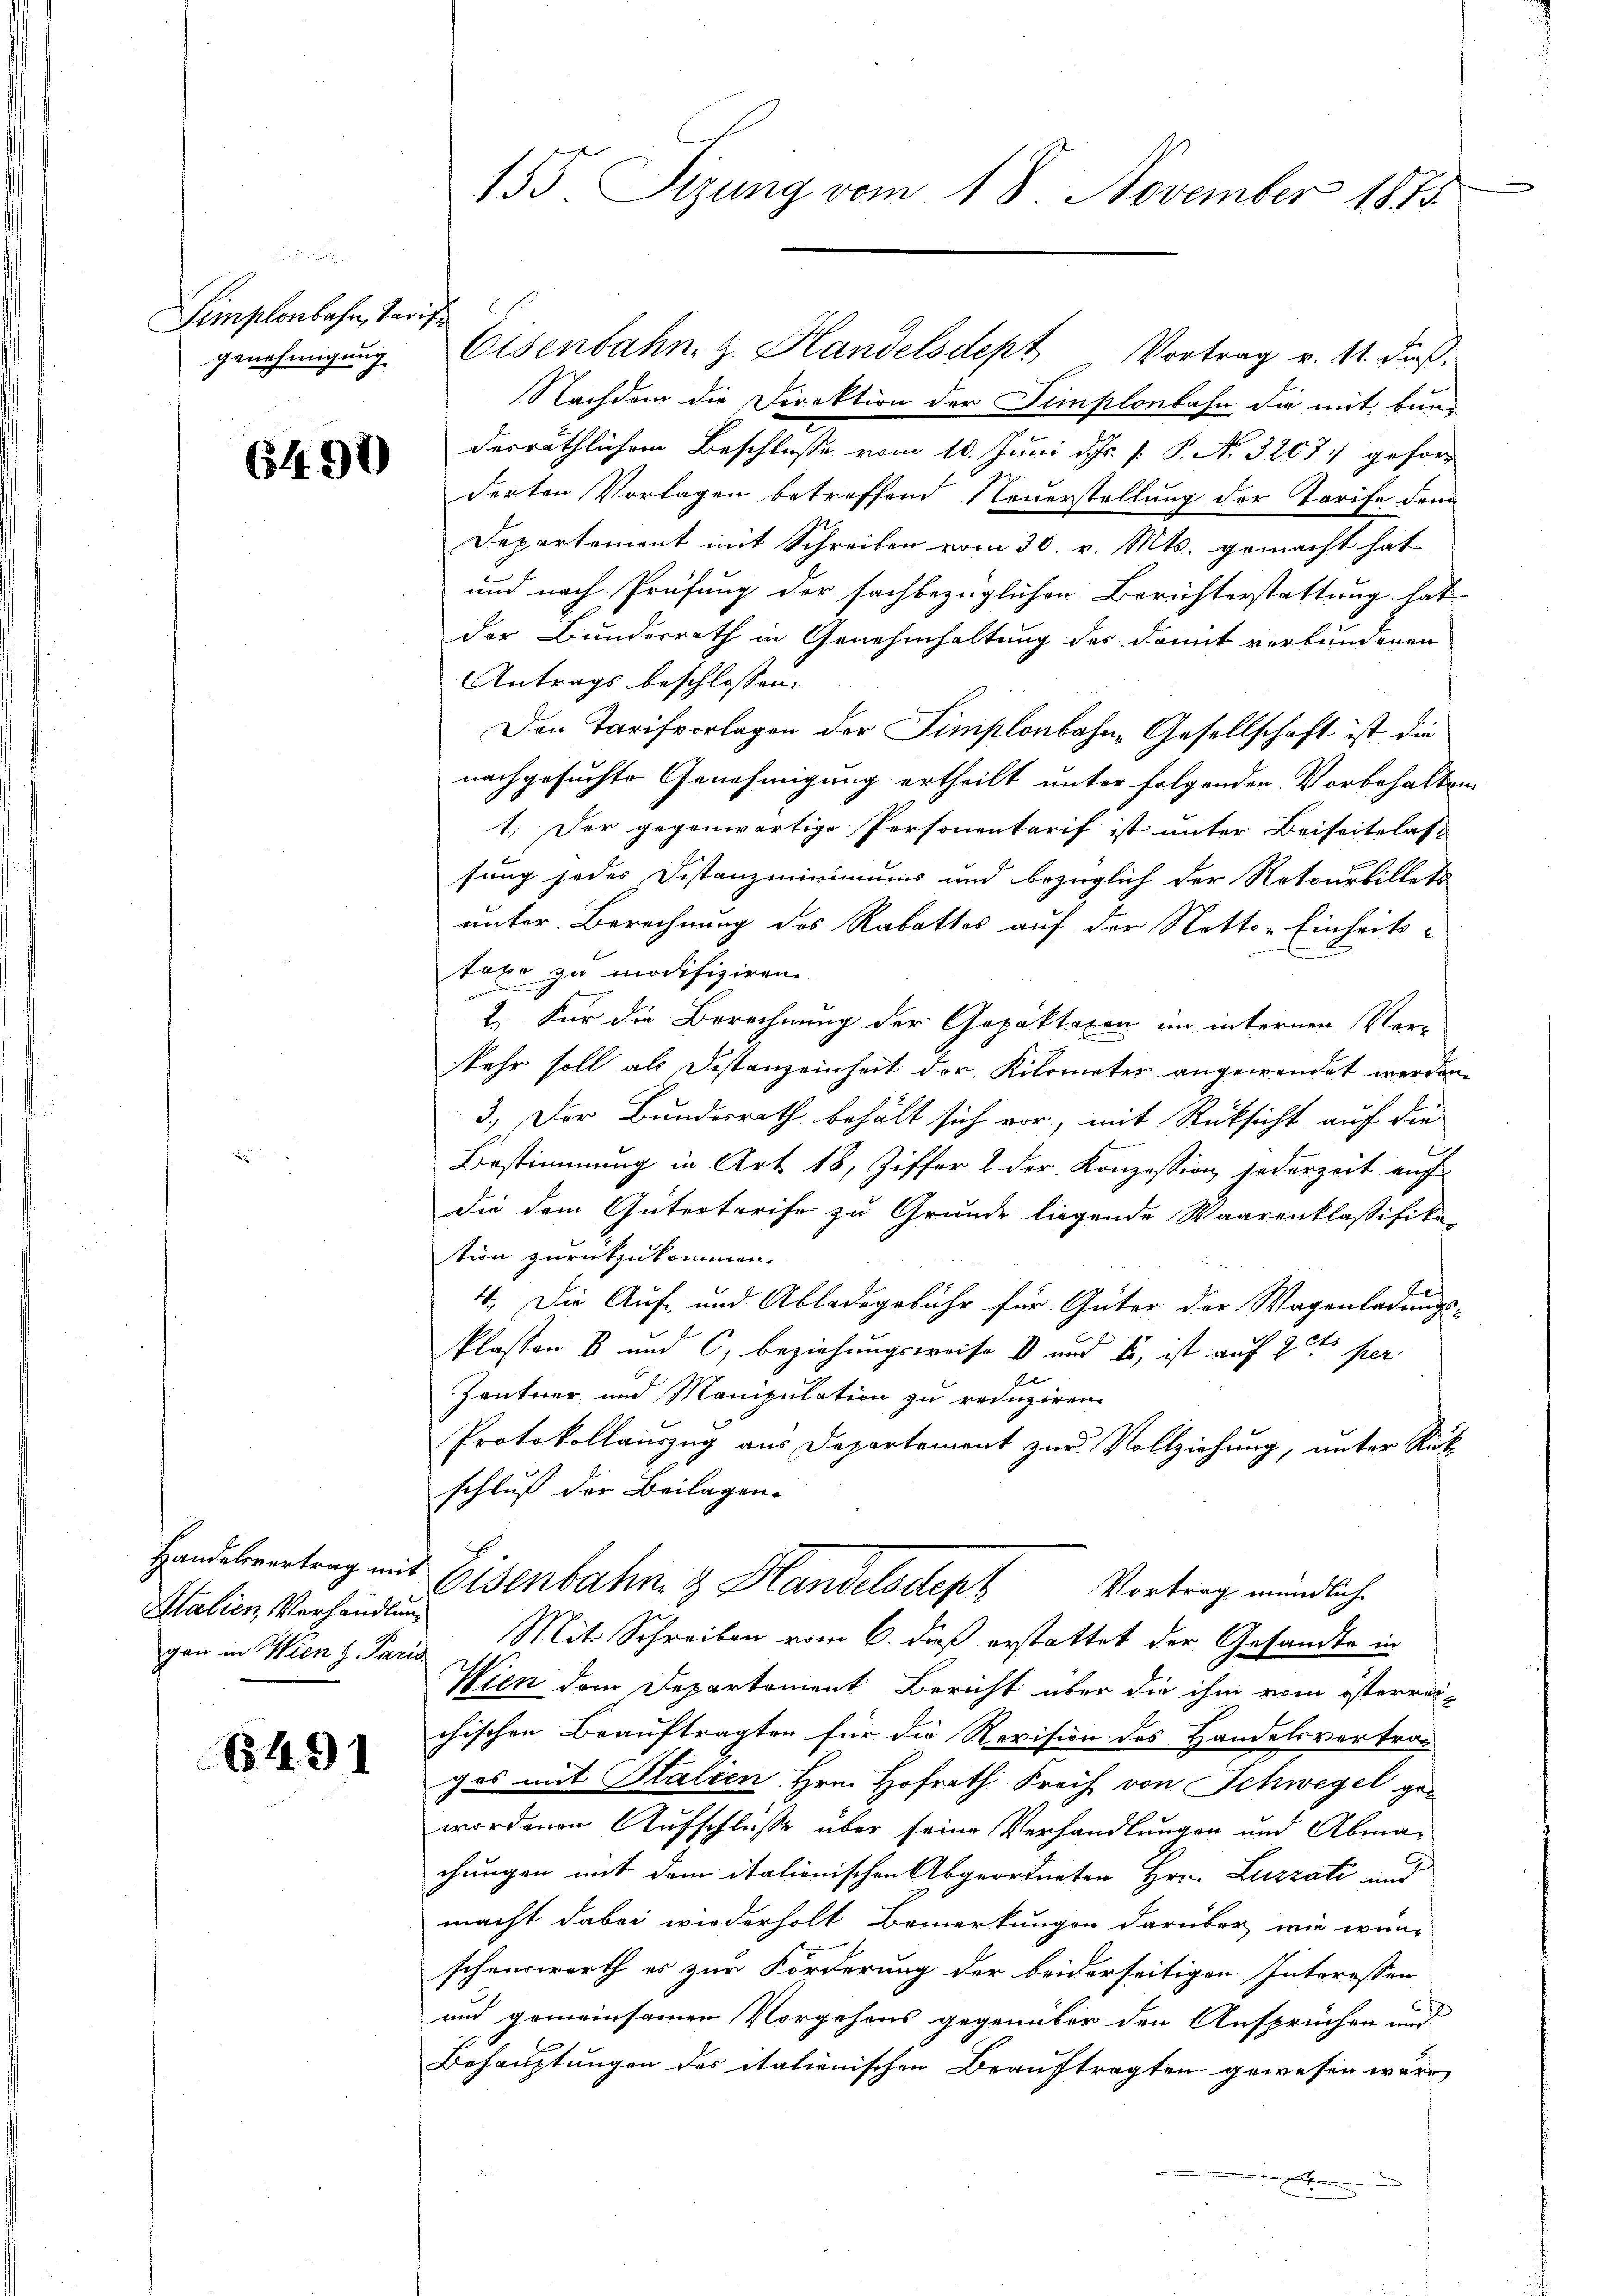
Simplonbahn, Tarif
genehmigung

64. 30

Handelsvertrag mit
Italien, Verhandlung
gen in Wien z. Paris

6491

155 Sizung vom 18 November 1873.

Nachdem die Direktion der Simplonbahn die mit bunderräthlichem Beschlusse vom 10. Juni d. Js. v. P. Nr. 3267) geforderten Vorlagen betreffend Neuerstellung der Tarife dem
Departement mit Schreiben vom 30. v. Mts. gemacht hat
und nach Prüfung der sachbezüglichen Berichterstattung hat
der Bunderrath in Genehmhaltung des damit verbundenen
Antrags beschlossen.
Den Tarifvorlagen der Simplonbahn-Gesellschaft ist die
nachgesuchte Genehmigung ertheilt unter folgenden Vorbehalten
1.) Der gegenwärtige Personentarif ist unter Beiseitslas-
fung jedes Distanzminimums und bezüglich der Retourbillets
unter Berechnung des Rabattes auf der Netto-Einheits-
taxe zu modifiziren.
2. Für die Berechnung der Gepaktaxen im internen Ver-
skehr soll als Distanzeinheit der Kilometer angewendet werden.
3.) Der Bundesrath behält sich vor, mit Rücksicht auf die
h
Bestimmung in Art. 18, Ziffer & der Konzession jederzeit auf
die dem Gütertarife zu Grunde liegende Waarenklassifika-
tion zurückzukommen.
4. Die Auf- und Abladegebühr für Güter der Wagenladungs-
klassen 8 und C. Beziehungsweise V und es, ist auf 20 per
Zentner und Manipulation zu reduziren.
Protokollauszug aus Departement zur Vollziehung, unter Rück
schluß der Beilagen.

Eisenbahn z. Handelsdept Vortrag v. 11. daß

Eisenbahn & Handelsdeph Vortrag mündliche

Mit Schreiben vom 6. dieß erstattet der Gesandte in
Wien dem Departement Bericht über die ihm vom österrei-
chischen Beauftragten für die Revision des Handelsvertrag-
ges mit Italien Hrn. Hofrath Freih von Schwegel gewordenen Aufschluße über seine Verhandlungen und Abmachungen mit dem italienischen Abgeordneten Hrn. Luzzati und
macht dabei wiederholt Bemerkungen darüber, wie wün-
schenswerth es zur Forderung der beiderseitigen Interessen
und gemeinsamen Vorgehens gegenüber den Ansprüchen und
Behauptungen des italienischen Beauftragten gewesen werd
a